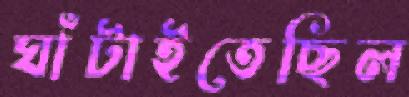
ঘাঁটাইতেছিল